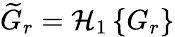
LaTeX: \widetilde{G}_{r}=\mathcal{H}_{1}\left\{ G_{r}\right\}